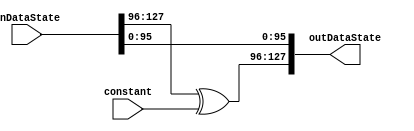
module NeokeonStateXorConstant(
	input wire [127:0] inDataState,
	input wire [31:0] constant,
	output wire [127:0] outDataState
);
// funkcja sprawdzona, testbench prawidlowy z implementacja software

wire [31:0] inA0;
wire [31:0] inA1;
wire [31:0] inA2;
wire [31:0] inA3;

wire [31:0] inA0XorConstant1;

assign   inA0 = inDataState[127:96];
assign   inA1 = inDataState[95:64];
assign   inA2 = inDataState[63:32];
assign   inA3 = inDataState[31:0];



assign inA0XorConstant1 = inA0 ^ constant;

assign outDataState ={inA0XorConstant1, inA1, inA2, inA3};

endmodule